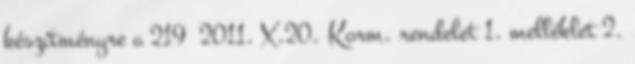
készítményre a 219 2011. X.20. Korm. rendelet 1. melléklet 2.